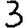
Digit: 3